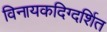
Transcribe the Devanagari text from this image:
विनायकदिग्दर्शित